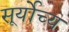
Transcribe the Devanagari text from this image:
सूर्योच्य